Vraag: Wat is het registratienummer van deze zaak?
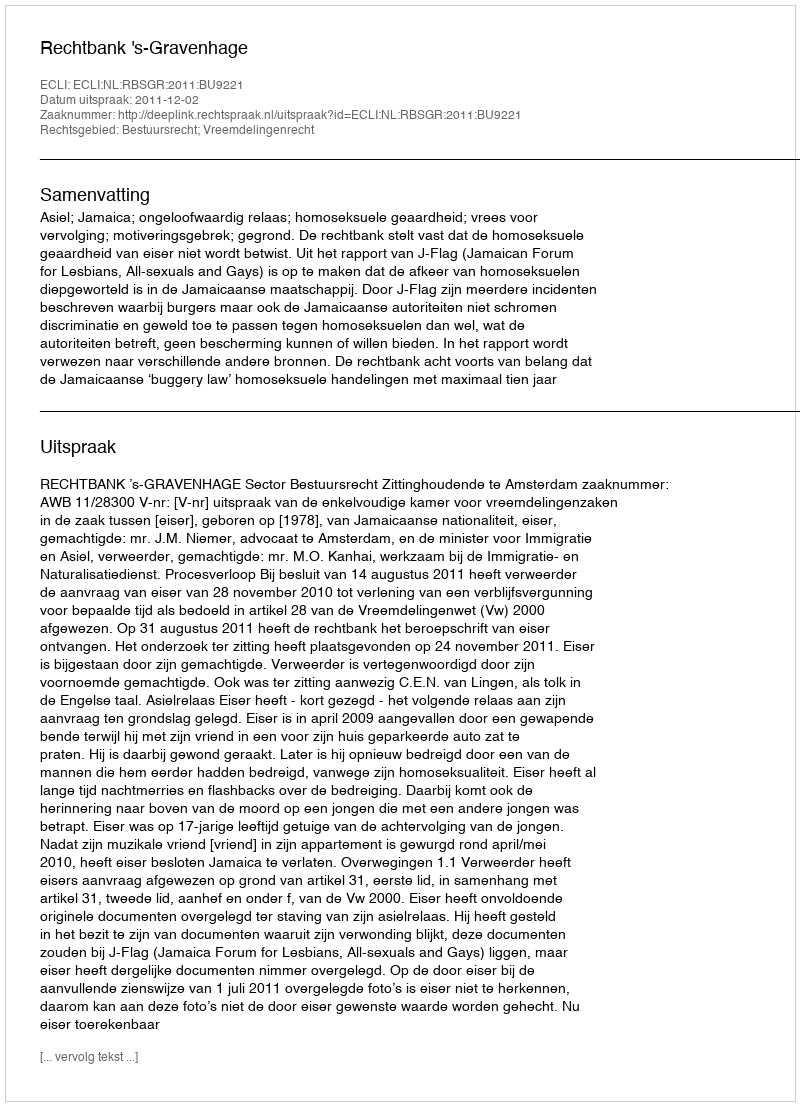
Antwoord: http://deeplink.rechtspraak.nl/uitspraak?id=ECLI:NL:RBSGR:2011:BU9221